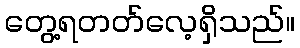
တွေ့ရတတ်လေ့ရှိသည်။